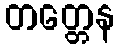
တတ္တေန